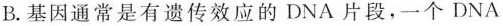
B.基因通常是有遗传效应的DNA片段，一个DNA